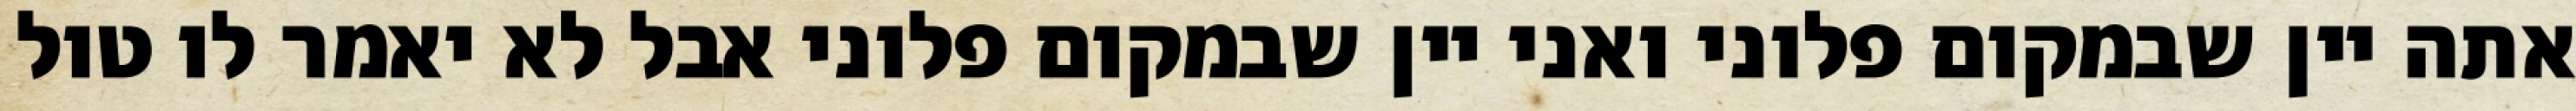
אתה יין שבמקום פלוני ואני יין שבמקום פלוני אבל לא יאמר לו טול